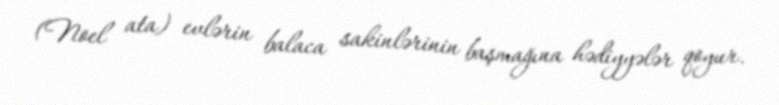
(Noel ata) evlərin balaca sakinlərinin başmağına hədiyyələr qoyur.